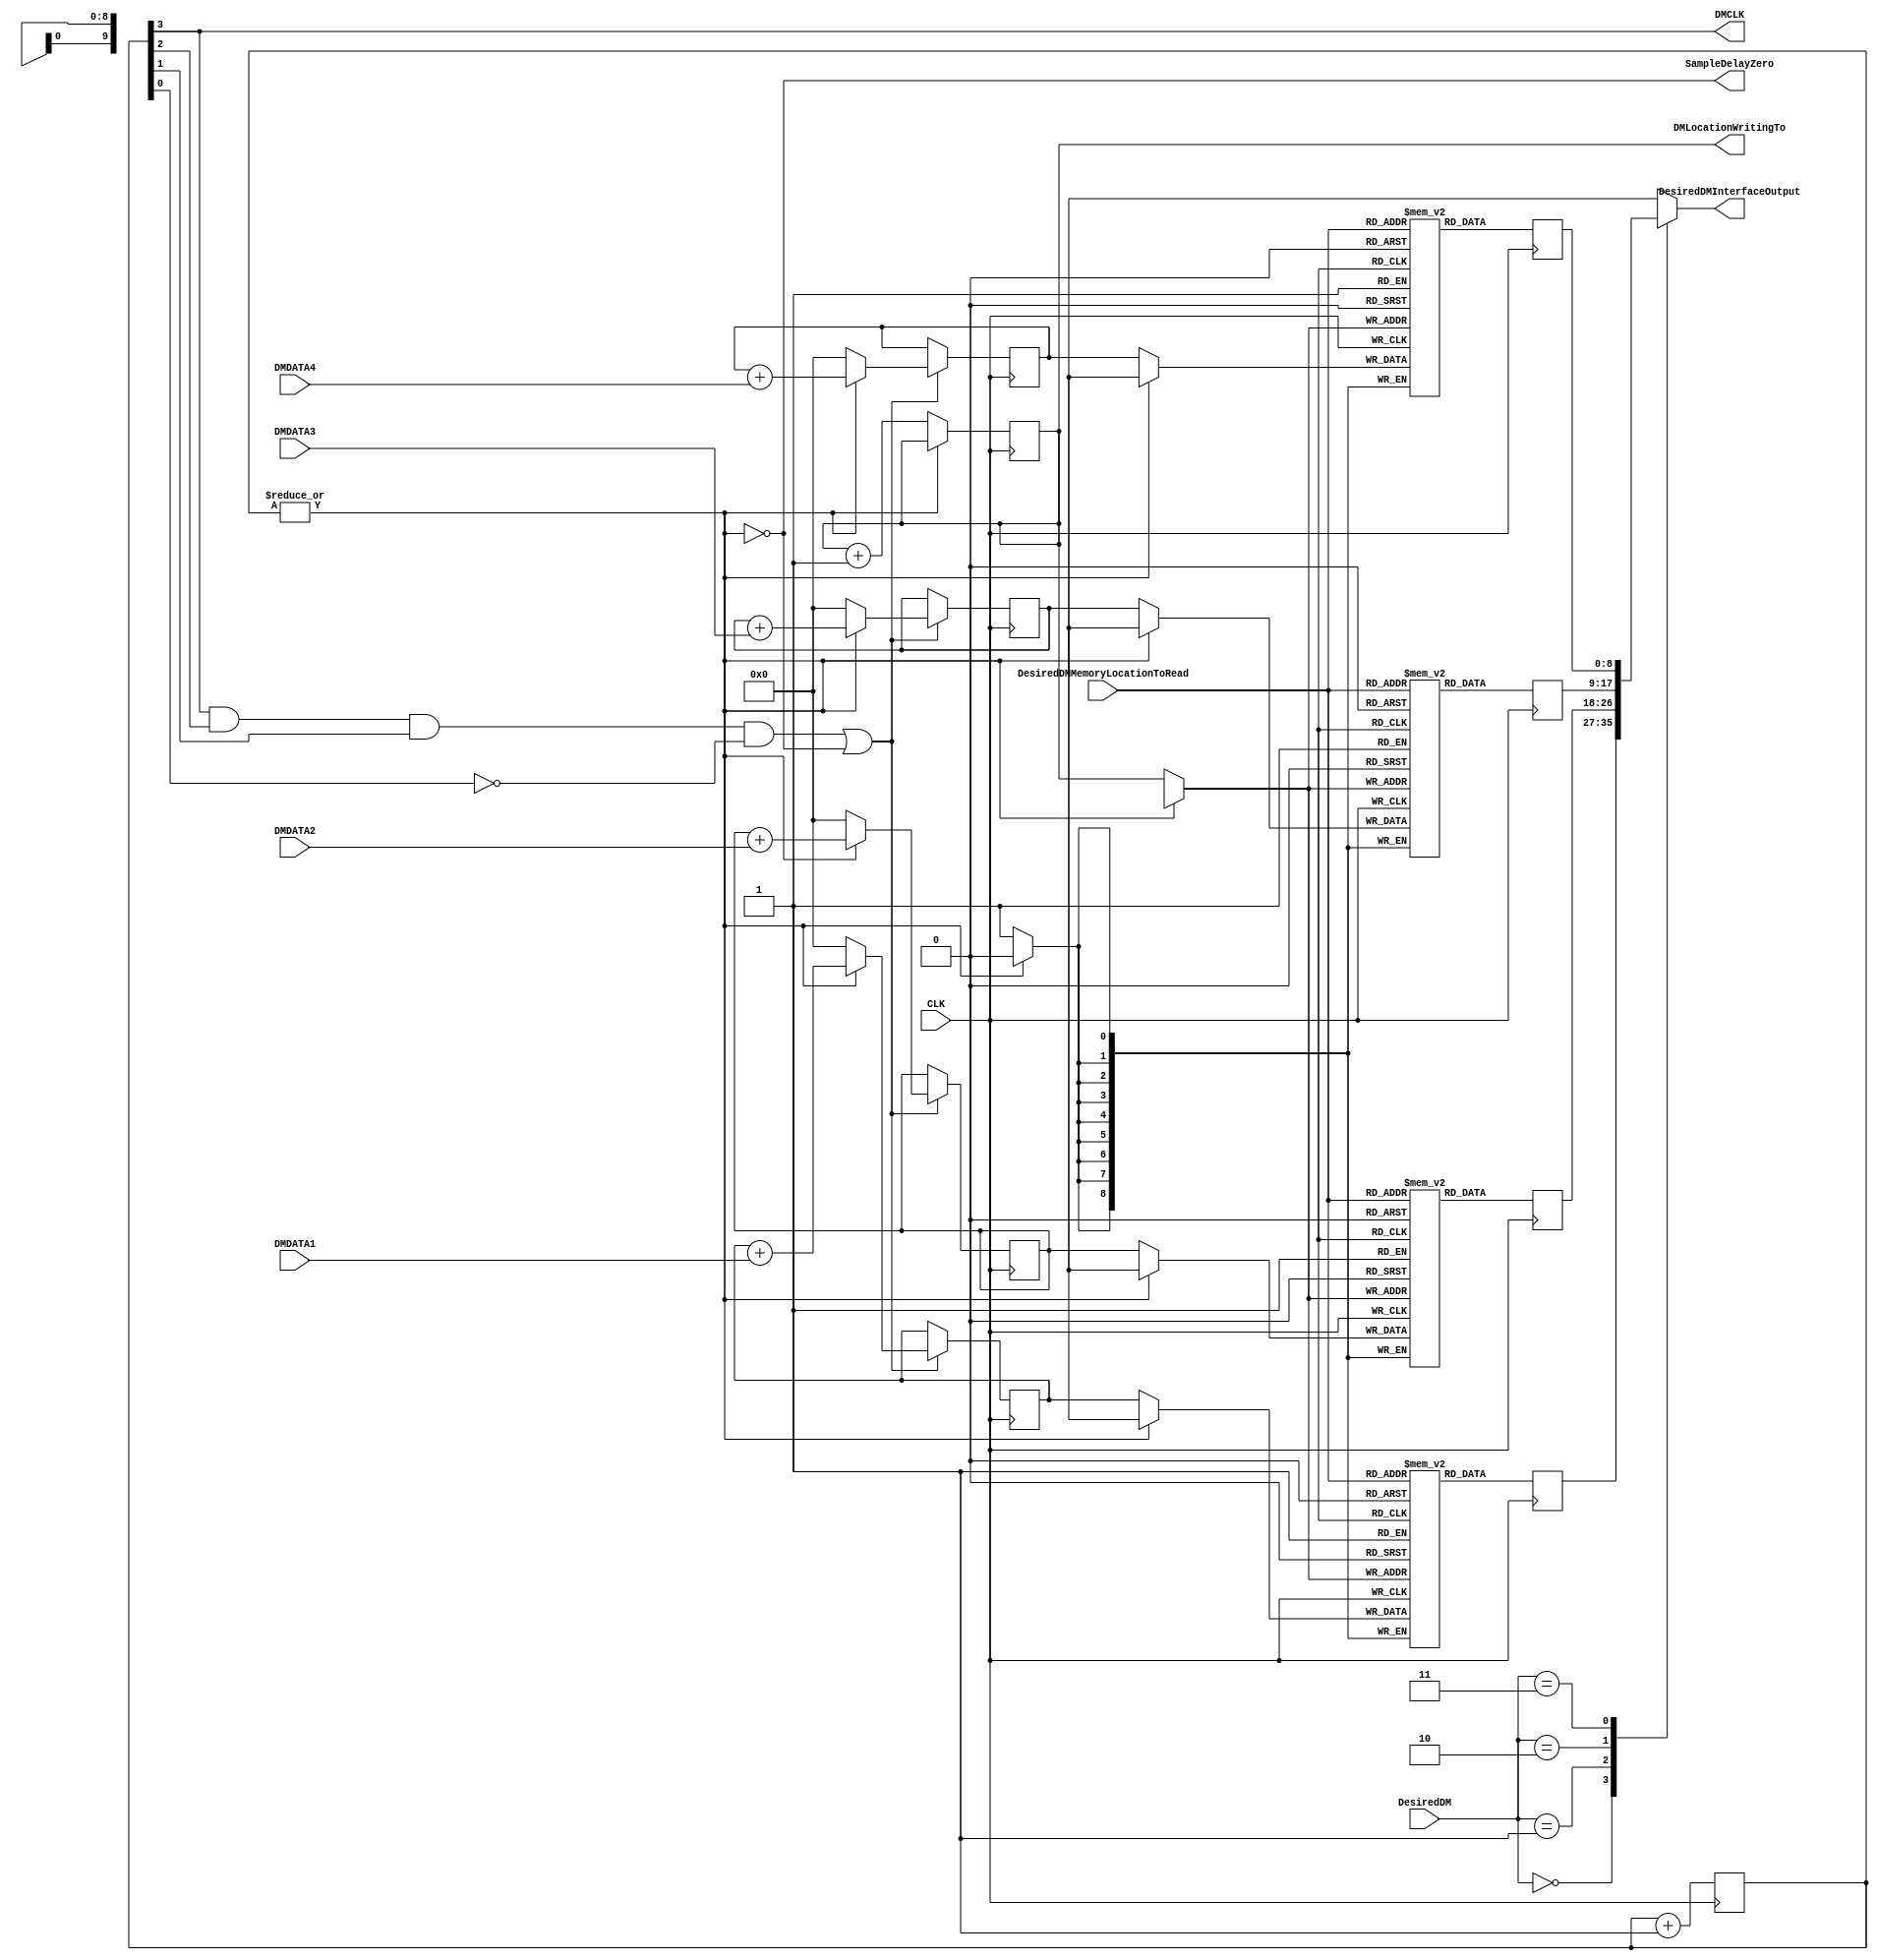
module DigiMic_Interface(
CLK, 
DesiredDMMemoryLocationToRead, 
DMLocationWritingTo, 
SampleDelayZero,
DesiredDMInterfaceOutput,
DMCLK,
DMDATA1,
DMDATA2,
DMDATA3,
DMDATA4,
DesiredDM
);



input          CLK, DMDATA1, DMDATA2, DMDATA3, DMDATA4;
input  [1:0]   DesiredDM;
input  [9:0]   DesiredDMMemoryLocationToRead;      //Selects location from chosen array.
output         DMCLK, SampleDelayZero;
output [9:0]   DMLocationWritingTo;                //Beware of simultaneous write + read.
output [8:0]   DesiredDMInterfaceOutput;           //The value from the chosen array and location.


reg [8:0]      DMAdder1, DMAdder2, DMAdder3, DMAdder4;
reg [9:0]      DMLocationWritingTo;
reg [8:0]      DesiredDMInterfaceOutput1, DesiredDMInterfaceOutput2, DesiredDMInterfaceOutput3, DesiredDMInterfaceOutput4;
reg [12:0]     SampleDelayCount;

wire           DMCLK, DMDATA1, DMDATA2, DMDATA3, DMDATA4, SampleDelayZero;
wire [1:0]     DesiredDM;

reg [8:0]      DesiredDMInterfaceOutput;

   (* RAM_STYLE="{auto | block |  block_power1 | block_power2}" *)
reg [8:0]      StoredDMValues1 [1023:0];   //512*2 = 1024
   (* RAM_STYLE="{auto | block |  block_power1 | block_power2}" *)
reg [8:0]      StoredDMValues2 [1023:0];   //512*2 = 1024
   (* RAM_STYLE="{auto | block |  block_power1 | block_power2}" *)
reg [8:0]      StoredDMValues3 [1023:0];   //512*2 = 1024
   (* RAM_STYLE="{auto | block |  block_power1 | block_power2}" *)
reg [8:0]      StoredDMValues4 [1023:0];   //512*2 = 1024



/* ////////////////////////////////////////////////////////////

                         Main Code

*/ ////////////////////////////////////////////////////////////

assign   DMCLK = SampleDelayCount[3];  

//Divides the clock by 16, giving a result that syncs with the SampleDelayCount. 
//Every sampling interval, this will send 8,192 / 16, or 512 clock signals to the DigiMic.

// SampleDelayCount 50000000 / 16........./512 ....   Should be 512 * 16 = 8192, or 13 bits gives 12:0

assign SampleDelayZero = ~| SampleDelayCount;    // States that a single data point has been made, ie all 512 bits have been counted

always @(posedge CLK)
begin 
  SampleDelayCount <= SampleDelayCount + 1;  // Out of a maximum of 8,191.
end

always @(posedge CLK)
begin
  if (SampleDelayZero)
  begin
    DMLocationWritingTo <= DMLocationWritingTo + 1;
  end
end


assign    DMRead = (SampleDelayCount[3] && SampleDelayCount[2] && SampleDelayCount[1] && !SampleDelayCount[0]);



////////////////////////////////////////////////////////////////////////////////////////////////////////////////////////////////////////////



always @(posedge CLK)
begin
  if (DMRead || SampleDelayZero)
  begin
    if (SampleDelayZero)
    begin
      DMAdder1 <= 0;
    end
    
    else
    begin
      DMAdder1 <= DMAdder1 + DMDATA1;
    end
  end
end


always @(posedge CLK)
begin
  if (DMRead || SampleDelayZero)
  begin
    if (SampleDelayZero)
    begin
      DMAdder2 <= 0;
    end
    
    else
    begin
      DMAdder2 <= DMAdder2 + DMDATA2;
    end
  end
end


always @(posedge CLK)
begin
  if (DMRead || SampleDelayZero)
  begin
    if (SampleDelayZero)
    begin
      DMAdder3 <= 0;
    end
    
    else
    begin
      DMAdder3 <= DMAdder3 + DMDATA3;
    end
  end
end


always @(posedge CLK)
begin
  if (DMRead || SampleDelayZero)
  begin
    if (SampleDelayZero)
    begin
      DMAdder4 <= 0;
    end
    
    else
    begin
      DMAdder4 <= DMAdder4 + DMDATA4;
    end
  end
end


////////////////////////////////////////////////////////////////////////////////////////////////////////////////////////////////


always @(posedge CLK)
begin
  if (SampleDelayZero)
  begin
    StoredDMValues1[DMLocationWritingTo] <= DMAdder1[8:0];
  end
  
  DesiredDMInterfaceOutput1[8:0] <= StoredDMValues1[DesiredDMMemoryLocationToRead];
end

always @(posedge CLK)
begin
  if (SampleDelayZero)
  begin
    StoredDMValues2[DMLocationWritingTo] <= DMAdder2[8:0];
  end
  
  DesiredDMInterfaceOutput2[8:0] <= StoredDMValues2[DesiredDMMemoryLocationToRead];
end

always @(posedge CLK)
begin
  if (SampleDelayZero)
  begin
    StoredDMValues3[DMLocationWritingTo] <= DMAdder3[8:0];
  end
  
  DesiredDMInterfaceOutput3[8:0] <= StoredDMValues3[DesiredDMMemoryLocationToRead];
end

always @(posedge CLK)
begin
  if (SampleDelayZero)
  begin
    StoredDMValues4[DMLocationWritingTo] <= DMAdder4[8:0];
  end
  
  DesiredDMInterfaceOutput4[8:0] <= StoredDMValues4[DesiredDMMemoryLocationToRead];
end




////////////////////////////////////////////////////////////////////////////////////////////////////////////////////////////////////////




always @(DesiredDM or DesiredDMInterfaceOutput1 or DesiredDMInterfaceOutput2 or DesiredDMInterfaceOutput3 or DesiredDMInterfaceOutput4)
begin
  case (DesiredDM)
    2'b00   : begin
               DesiredDMInterfaceOutput = DesiredDMInterfaceOutput1;
             end
    2'b01   : begin
               DesiredDMInterfaceOutput = DesiredDMInterfaceOutput2;
             end
    2'b10   : begin
               DesiredDMInterfaceOutput = DesiredDMInterfaceOutput3;
             end
    2'b11   : begin
               DesiredDMInterfaceOutput = DesiredDMInterfaceOutput4;
             end
    default: begin
               DesiredDMInterfaceOutput = 9'b0000_0000_0;
             end
  endcase
end		
    

/*
***********************************************************************
*                                                                     *       
*  DMRead  >                                               ****       *   
*                                                                     *      
*                                                                     *      
*  DMMIC   >                       _________________________________  *      
*  ________________________________                                   *     
*                                                                     *        
*  |   |   |   |   |   |   |   |   |   |   |   |   |   |   |   |      *           
*  0   1   2   3   4   5   6   7   8   9  10  11  12  13  14  15   ^  *        
*                                                                     *         
*  **Each number is the positive edge of a clock pulse.               *         
*                                                                     *     
***********************************************************************
*/

endmodule